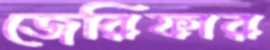
জেরিফার